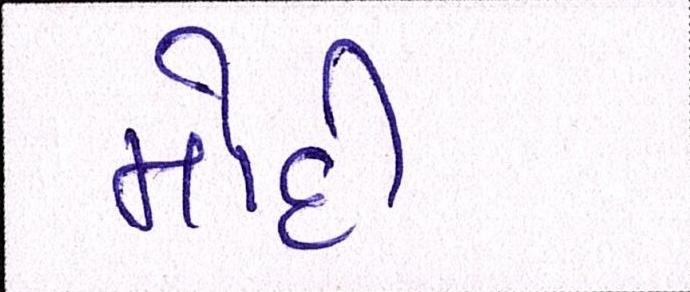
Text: મોદી